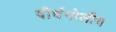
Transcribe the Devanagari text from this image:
दीर्घगोलीय